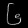
Digit: ၆